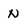
Character: n